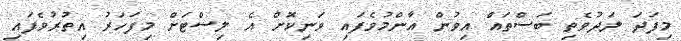
މިފަދަ ލަދުވެތި ބަސްތައް އިވުން އާންމުވެފައި ވަނިކޮށް އެ ލިސްޓަށް މިފަހަރު އިތުރުވެފައި